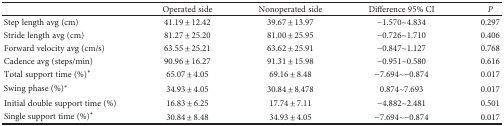
<table><thead><tr><td></td><td><b>Operated side</b></td><td><b>Nonoperated side</b></td><td><b>Difference 95% CI</b></td><td><b><i>P</i></b></td></tr></thead><tbody><tr><td>Step length avg (cm)</td><td>41.19 ± 12.42</td><td>39.67 ± 13.97</td><td>−1.570~4.834</td><td>0.297</td></tr><tr><td>Stride length avg (cm)</td><td>81.27 ± 25.20</td><td>81.00 ± 25.95</td><td>−0.726~1.710</td><td>0.406</td></tr><tr><td>Forward velocity avg (cm/s)</td><td>63.55 ± 25.21</td><td>63.62 ± 25.91</td><td>−0.847~1.127</td><td>0.768</td></tr><tr><td>Cadence avg (steps/min)</td><td>90.96 ± 16.27</td><td>91.31 ± 15.98</td><td>−0.951~0.580</td><td>0.616</td></tr><tr><td>Total support time (%)<sup>∗</sup></td><td>65.07 ± 4.05</td><td>69.16 ± 8.48</td><td>−7.694~−0.874</td><td>0.017</td></tr><tr><td>Swing phase (%)<sup>∗</sup></td><td>34.93 ± 4.05</td><td>30.84 ± 8.478</td><td>0.874~7.693</td><td>0.017</td></tr><tr><td>Initial double support time (%)</td><td>16.83 ± 6.25</td><td>17.74 ± 7.11</td><td>−4.882~2.481</td><td>0.501</td></tr><tr><td>Single support time (%)<sup>∗</sup></td><td>30.84 ± 8.48</td><td>34.93 ± 4.05</td><td>−7.694~−0.874</td><td>0.017</td></tr></tbody></table>